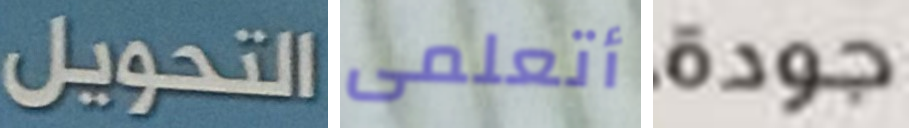
التحويل أتعلمى جودة